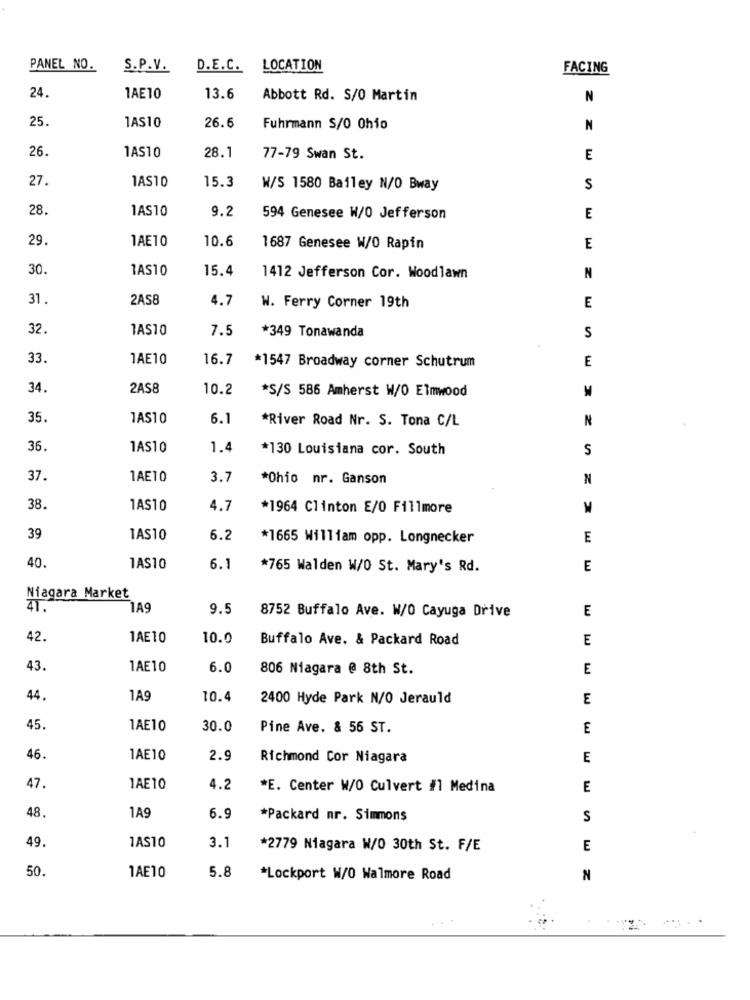
PANEL NO.
S.P.V.
D.E.C.
LOCATION
FACING
24.
1AE10
13.6
Abbott Rd. S/0 Martin
N
25.
JAS10
26.6
Fuhrmann S/0 Ohio
N
26.
1AS10
28.1
77-79 Swan St.
E
27.
1AS10
15.3
W/S 1580 Bailey N/O Bway
S
28.
1AS10
9.2
594 Genesee W/O Jefferson
E
29
1AE10
10.6
1687 Genesee W/O Rapin
E
30.
1AS10
15.4
1412 Jefferson Cor. Woodlawn
N
31
2AS8
4.7
W. Ferry Corner 19th
E
32.
1AS10
7.5
*349 Tonawanda
S
33
1AE10
16.7
*1547 Broadway corner Schutrum
E
34.
2AS8
10.2
*S/S 586 Amherst W/O Elmwood
35.
1AS10
6.1
N
*River Road Nr. S. Tona C/L
36.
1AS10
1.4
*130 Louisiana cor. South
S
37.
1AETO
3.7
*Ohio nr. Ganson
N
38.
1AS10
4.7
*1964 Clinton E/O Fillmore
39
TAS10
6.2
*1665 William opp. Longnecker
E
40.
1AS10
6.1
*765 Walden W/0 St. Mary's Rd.
E
Niagara Market
41.
1A9
9.5
8752 Buffalo Ave. W/O Cayuga Drive
E
42.
1AE10
10.0
Buffalo Ave. & Packard Road
E
43.
1AE10
6.0
806 Niagara @ 8th St.
E
44.
1A9
10.4
2400 Hyde Park N/O Jerauld
E
45.
1AE10
30.0
Pine Ave. & 56 ST.
E
46.
1AE10
2.9
Richmond Cor Niagara
E
47.
1AE10
4.2
*E. Center W/O Culvert #1 Medina
E
48.
1A9
6.9
*Packard mr. Simmons
S
49.
1AS10
3.
*2779 Niagara W/0 30th St. F/E
E
50.
1AE10
5.8
*Lockport W/0 Walmore Road
N